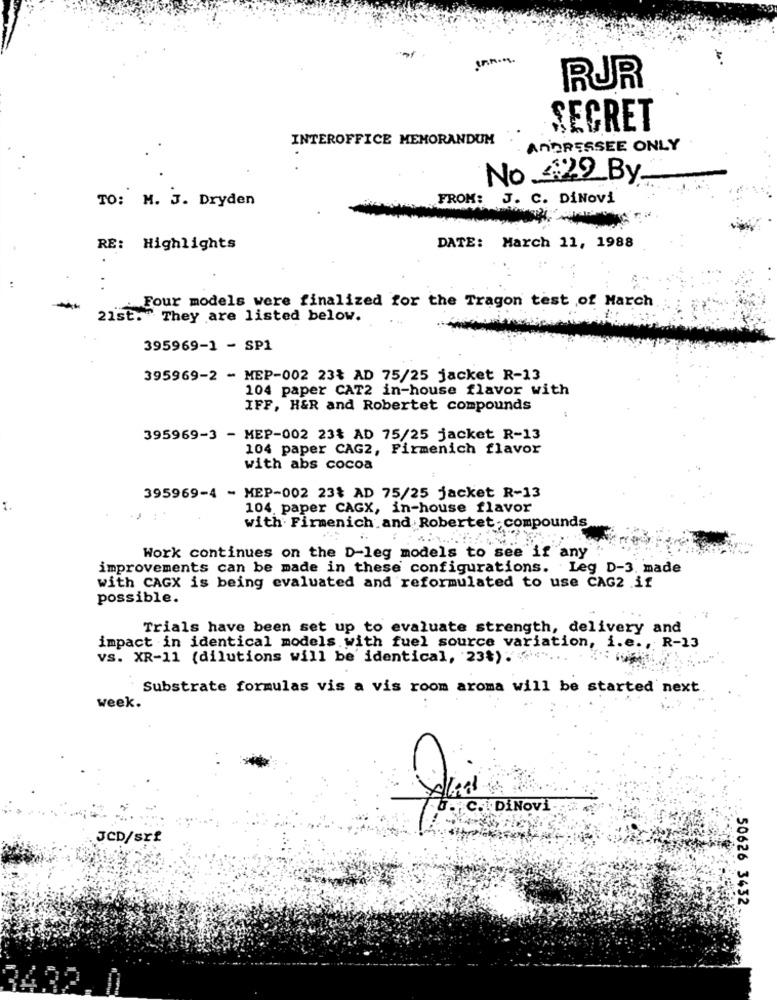
RUR
SECRET
INTEROFFICE MEMORANDUM
ANDRESSEE ONLY
No_422 By.
TO: M. J. Dryden
FROM: J. C. DiNOVi
RE: Highlights
DATE: March 11, 1988
Four models were finalized for the Tragon test of March
21st. They are listed below.
395969-1 - SP1
395969-2 - MEP-002 23% AD 75/25 jacket R-13
104 paper CAT2 in-house flavor with
IFF, H&R and Robertet compounds
395969-3 - MEP-002 23% AD 75/25 jacket R-13
104 paper CAG2, Firmenich flavor
with abs cocoa
395969-4 - MEP-002 23% AD 75/25 jacket R-13
104 paper CAGX, in-house flavor
with Firmenich and Robertet- compounds
Work continues on the D-leg models to see if any
improvements can be made in these configurations. Leg D-3. made
with CAGX is being evaluated and reformulated to use CAG2 if
possible.
Trials have been set up to evaluate strength, delivery and
impact in identical models with fuel source variation, i.e ., R-13
VS. XR-11 (dilutions will be' identical, 23%) : " ...
Substrate formulas vis a vis room aroma will be started next
week.
B. C. DiNovi
JCD/srf
50626 3432.